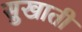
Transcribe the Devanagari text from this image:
सुखाती